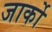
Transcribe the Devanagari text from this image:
जार्को